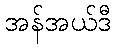
အန်အယ်ဒီ